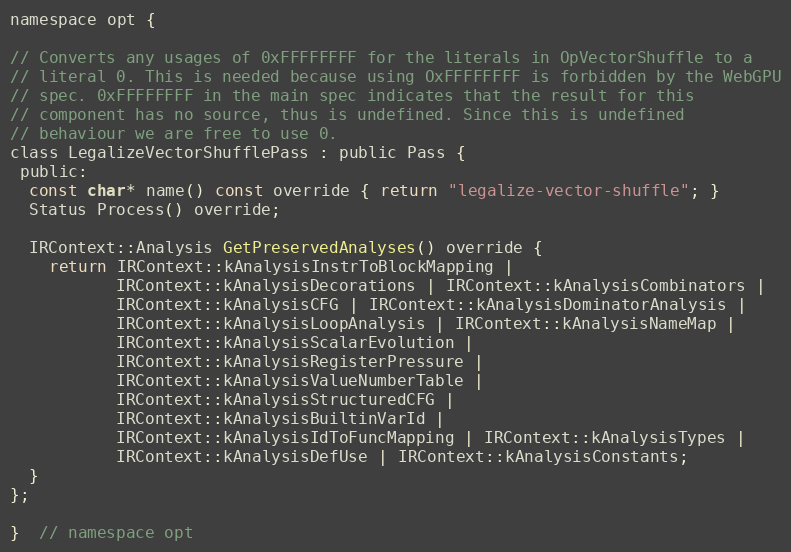
Language: C
namespace opt {

// Converts any usages of 0xFFFFFFFF for the literals in OpVectorShuffle to a
// literal 0. This is needed because using OxFFFFFFFF is forbidden by the WebGPU
// spec. 0xFFFFFFFF in the main spec indicates that the result for this
// component has no source, thus is undefined. Since this is undefined
// behaviour we are free to use 0.
class LegalizeVectorShufflePass : public Pass {
 public:
  const char* name() const override { return "legalize-vector-shuffle"; }
  Status Process() override;

  IRContext::Analysis GetPreservedAnalyses() override {
    return IRContext::kAnalysisInstrToBlockMapping |
           IRContext::kAnalysisDecorations | IRContext::kAnalysisCombinators |
           IRContext::kAnalysisCFG | IRContext::kAnalysisDominatorAnalysis |
           IRContext::kAnalysisLoopAnalysis | IRContext::kAnalysisNameMap |
           IRContext::kAnalysisScalarEvolution |
           IRContext::kAnalysisRegisterPressure |
           IRContext::kAnalysisValueNumberTable |
           IRContext::kAnalysisStructuredCFG |
           IRContext::kAnalysisBuiltinVarId |
           IRContext::kAnalysisIdToFuncMapping | IRContext::kAnalysisTypes |
           IRContext::kAnalysisDefUse | IRContext::kAnalysisConstants;
  }
};

}  // namespace opt